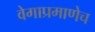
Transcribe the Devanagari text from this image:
वेगाप्रमाणेच